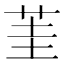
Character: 茥